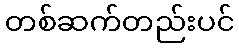
တစ်ဆက်တည်းပင်